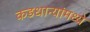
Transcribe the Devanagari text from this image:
कडधान्यांमध्ये